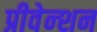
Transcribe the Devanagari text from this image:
प्रीवेन्शन